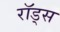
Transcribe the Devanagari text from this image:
राॅड्स